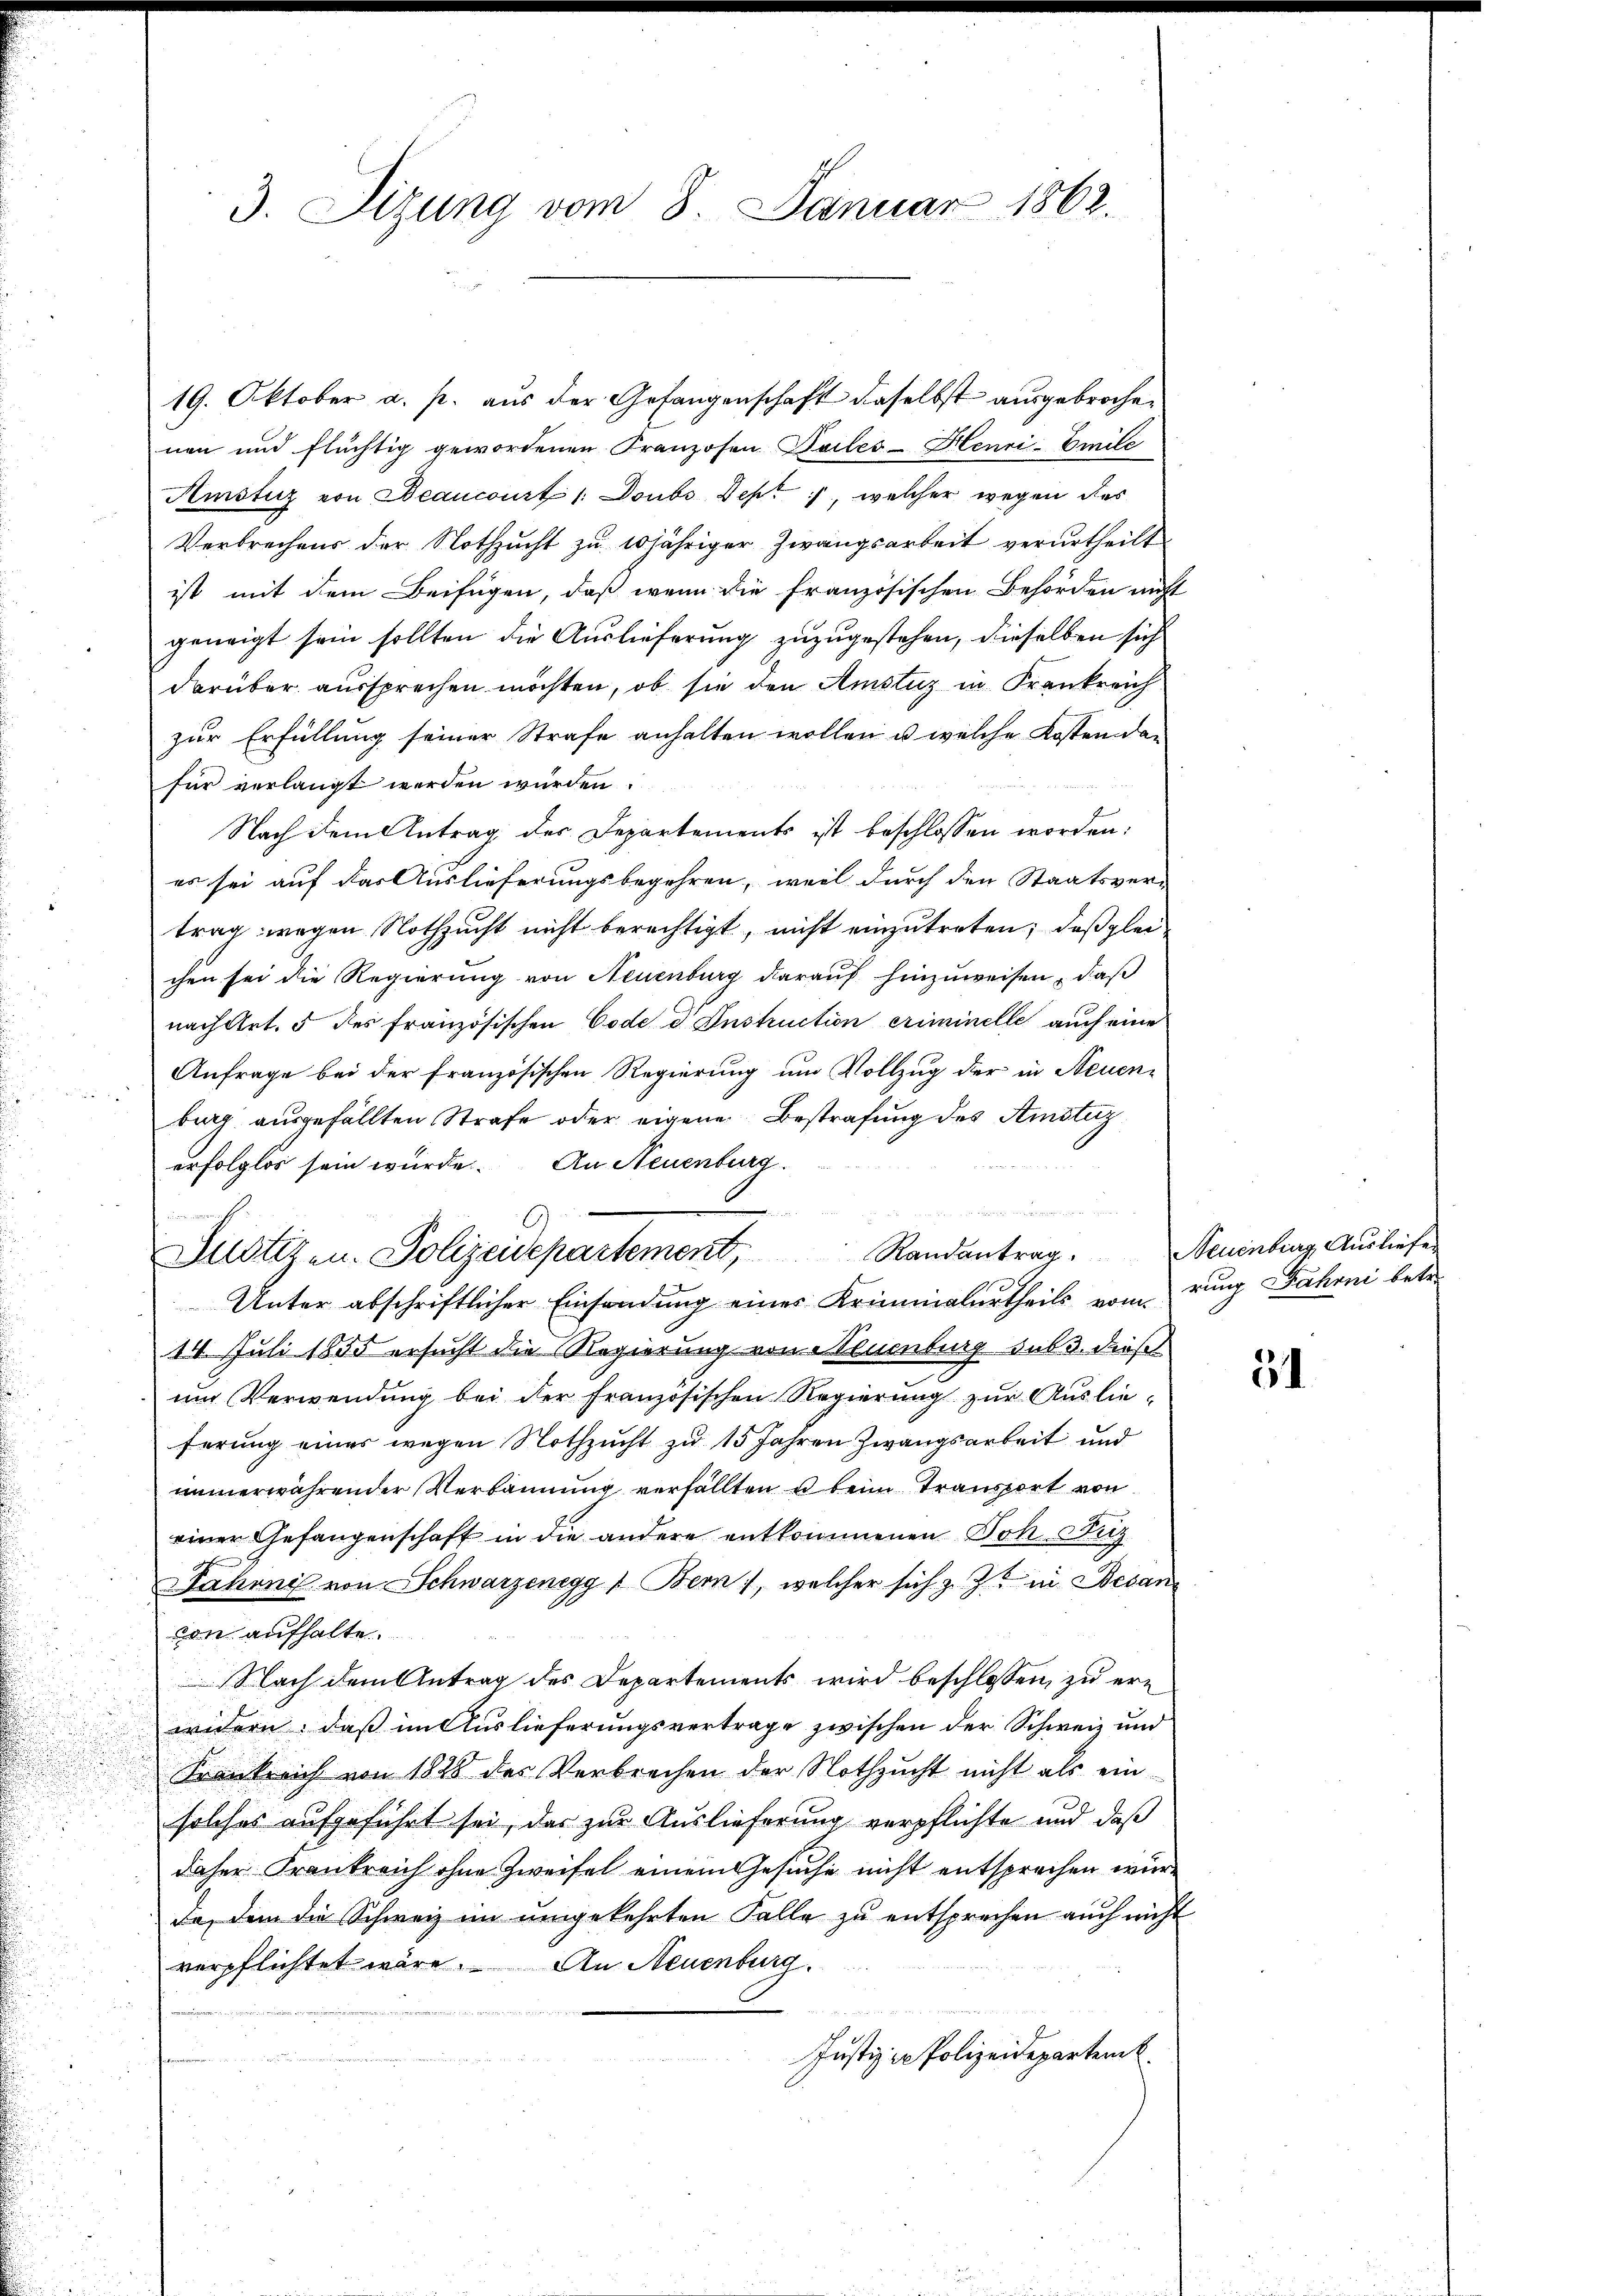
3. Sizung vom 8. Januar 1862.

19. Oktober a. p. aus der Gefangenschaft daselbst ausgebrochen
nen und flüchtig gewordenen Franzosen Teiles-Henri-Emile
Amstiz von Beancourt 1: Doubs Dept, welcher wegen des
Verbrechens der Nothzucht zu 10jähriger Zwangsarbeit verurtheilt
ist mit dem Beifügen, daß wenn die französischen Behörden nicht
geneigt sein sollten die Auslieferung zuzugestehen, dieselben sich
darüber aussprechen möchten, ob sie den Amstuz in Frankreich
zur Erfüllung seiner Strafe anhalten wollen u. welche Kosten der
für verlangt werden würden.
Nach dem Antrag des Departements ist beschlossen worden:
es sei auf das Auslieferungsbegehren, weil durch den Staatsver-
trag wegen Nothzucht nicht berechtigt, nicht einzutreten; daß gleichen sei die Regierung von Neuenburg darauf hinzuweisen, daß
nach Art. 5 des französischen Code d. Instruction criminelle auch eine
Anfrage bei der französischen Regierung um Vollzug der in Neuenber ausgefällten Strafe oder eigene Bestrafung des Amstizerfolglos sein würde. An Neuenburg

.
Justizen. Polizeidepartement, Randantrag.
Unter abschriftlicher Einsendung eines Kriminalurtheils vom rung Fahrni betr.
14. Juli 1855 ersucht die Regierung von Neuenburg sub. dieß
um Verwendung bei der Französischen Regierung zur Auslieferung eines wegen Nothzucht zu 15 Jahren Zwangsarbeit und
immerwährender Verbannung verfällten u beim Transport von
einer Gefangenschaft in die andere entkommenen Joh. Luz
Fahrnis von Schwarzenegg & Bern, welcher sich z. Z. in Besan
con aufhalte
Nach dem Antrag des Departements wird beschlossen, zu erwidern: daß im Auslieferungsvertrage zwischen der Schweiz und
Krankreich von 1828 des Verbrechen der Nothzucht nicht als ein-
solches aufgeführt sei, das zur Auslieferung verpflichte und daß
daher Frankreich ohne Zweifel einem Gesuche nicht entsprechen wurda, dem die Schweiz im umgekehrten Falle zu entsprechen auch nicht
An Neuenburg.
verpflichtet wäre.

u
Justiz in Polizeidepartem
d

Neuenburg Ausliefer

31